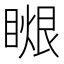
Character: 𥉤